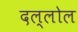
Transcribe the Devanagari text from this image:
दल्लोल